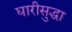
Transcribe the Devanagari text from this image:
घारीसुद्धा